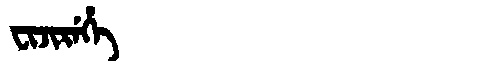
Manchu: ᠸᡳᠵᡳᡵᡝᡥᡝ
Romanization: FIJIREHE